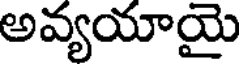
అవ్యయాయై